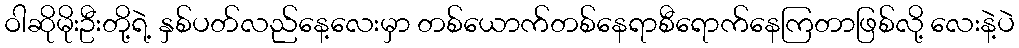
ဝါဆိုမိုးဦးတို့ရဲ့ နှစ်ပတ်လည်နေ့လေးမှာ တစ်ယောက်တစ်နေရာစီရောက်နေကြတာဖြစ်လို့ လေးနဲ့ပဲ